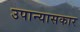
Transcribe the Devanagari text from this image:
उपान्यासकार